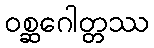
ဝစ္ဆဂေါတ္တဿ